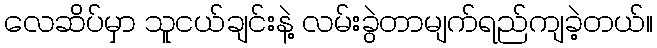
လေဆိပ်မှာ သူငယ်ချင်းနဲ့ လမ်းခွဲတာမျက်ရည်ကျခဲ့တယ်။